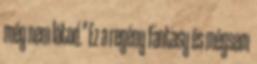
még nem látod." Ez a regény fantasy és mégsem